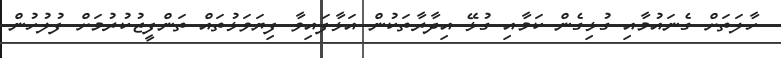
ހާލަތަށް ގެނައުމާއި ގުޅިގެން ކަމާއި ގުޅޭ އިދާރާތަކުން އަޅާފައިވާ ފިޔަވަޅުތައް ތަންފީޒުކުރުމަށް ފުލުހުން